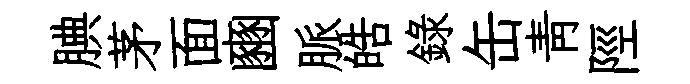
腆茅面豳脈皓録缶青陘